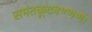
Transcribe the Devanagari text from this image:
समंतकूटवण्णणा